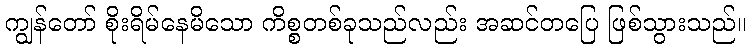
ကျွန်တော် စိုးရိမ်နေမိသော ကိစ္စတစ်ခုသည်လည်း အဆင်တပြေ ဖြစ်သွားသည်။